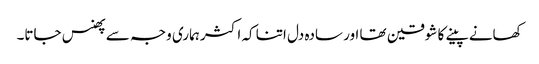
کھانے پینے کا شوقین تھا اور سادہ دل اتنا کہ اکثر ہماری وجہ سے پھنس جاتا۔